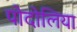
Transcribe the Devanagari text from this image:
पोदोलिया